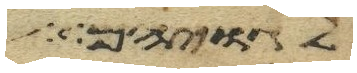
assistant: לגויהם